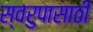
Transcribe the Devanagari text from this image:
स्वरुपासाठी